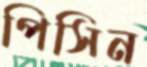
পিসিন